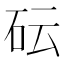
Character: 𥐯